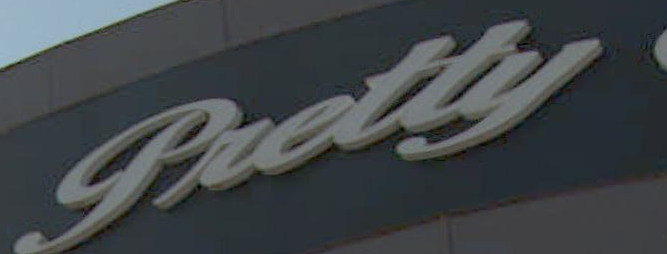
Pretty